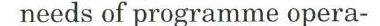
needs og programme opera-